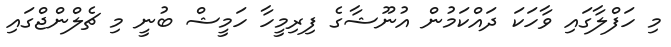
މި ހަފްލާގައި ވާހަކަ ދައްކަމުން އުނޫޝާގެ ފިރިމީހާ ހަމީޝް ބުނީ މި ޗެލްންޖްގައި